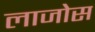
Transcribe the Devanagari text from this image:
लाजोस